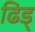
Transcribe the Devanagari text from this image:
ढिड्